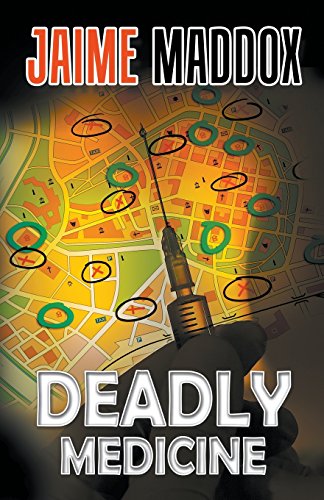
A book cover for Deadly Medicine; Jaime Maddox; Romance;